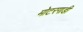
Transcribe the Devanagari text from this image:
मोटरगाङी